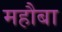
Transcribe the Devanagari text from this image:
महौबा